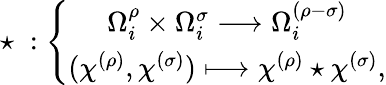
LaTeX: \star\; :\left\{ \begin{array}{c}{{\Omega_{i}^{\rho}\times\Omega_{i}^{\sigma}\longrightarrow\Omega_{i}^{(\rho-\sigma)}}}\\ {{(\chi^{(\rho)},\chi^{(\sigma)})\longmapsto\chi^{(\rho)}\star\chi^{(\sigma)},}}\end{array}\right.